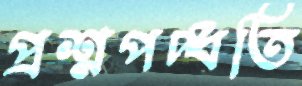
প্রশ্নপদ্ধতি